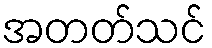
အတတ်သင်